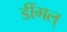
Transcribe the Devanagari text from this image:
डींगल्